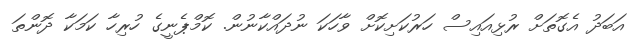
އަބަދު އެގޮތަށް ރުޅިއައިސް ހަރުކަށިކޮށް ވާހަކަ ނުދައްކާނުން. ކޮމްޕެނީގެ ހުރިހާ ކަމަކާ ދޮންތަ